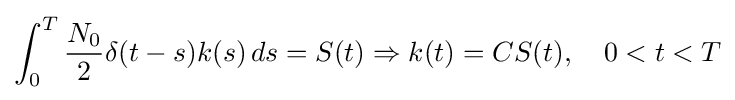
\int _{0}^{T}{\frac {N_{0}}{2}}\delta (t-s)k(s)\,ds=S(t)\Rightarrow k(t)=CS(t),\quad 0<t<T